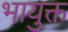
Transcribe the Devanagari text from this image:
भायुक्त